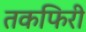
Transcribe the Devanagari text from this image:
तकफिरी